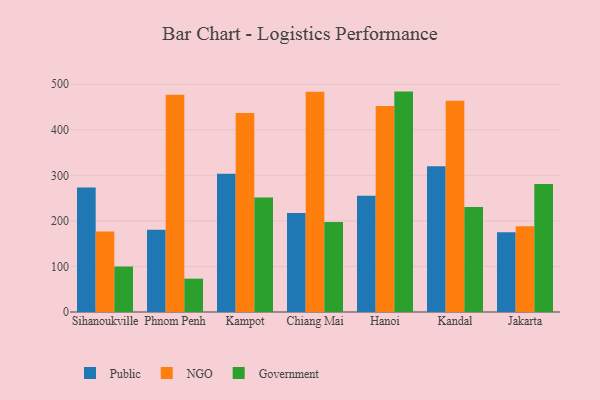
{"axis": {"x": "City", "y": "Shipments"}, "legend": ["Government", "NGO", "Public"], "data": [{"x": "Sihanoukville", "y": 273.4, "type": "Public"}, {"x": "Sihanoukville", "y": 176.8, "type": "NGO"}, {"x": "Sihanoukville", "y": 99.8, "type": "Government"}, {"x": "Phnom Penh", "y": 180.8, "type": "Public"}, {"x": "Phnom Penh", "y": 476.8, "type": "NGO"}, {"x": "Phnom Penh", "y": 73.2, "type": "Government"}, {"x": "Kampot", "y": 303.3, "type": "Public"}, {"x": "Kampot", "y": 436.9, "type": "NGO"}, {"x": "Kampot", "y": 251.4, "type": "Government"}, {"x": "Chiang Mai", "y": 217.1, "type": "Public"}, {"x": "Chiang Mai", "y": 483.6, "type": "NGO"}, {"x": "Chiang Mai", "y": 197.5, "type": "Government"}, {"x": "Hanoi", "y": 255.0, "type": "Public"}, {"x": "Hanoi", "y": 452.3, "type": "NGO"}, {"x": "Hanoi", "y": 483.9, "type": "Government"}, {"x": "Kandal", "y": 320.0, "type": "Public"}, {"x": "Kandal", "y": 463.7, "type": "NGO"}, {"x": "Kandal", "y": 230.8, "type": "Government"}, {"x": "Jakarta", "y": 175.2, "type": "Public"}, {"x": "Jakarta", "y": 188.3, "type": "NGO"}, {"x": "Jakarta", "y": 280.8, "type": "Government"}]}